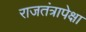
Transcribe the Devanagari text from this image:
राजतंत्रापेक्षा